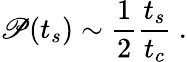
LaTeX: \mathscr{P}(t_{s})\sim\frac{1}{2}\frac{t_{s}}{t_{c}}~.